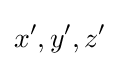
x',y',z'